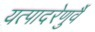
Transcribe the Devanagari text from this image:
यत्पादरेणुर्वै